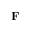
\mathbf { F }